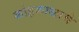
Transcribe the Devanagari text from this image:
कोहकाळाचे